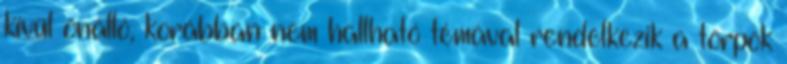
kívül önálló, korábban nem hallható témával rendelkezik a törpök